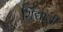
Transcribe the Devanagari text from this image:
शिंद्यांशी